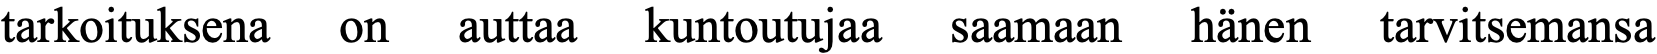
tarkoituksena on auttaa kuntoutujaa saamaan hänen tarvitsemansa